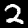
Digit: 2